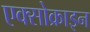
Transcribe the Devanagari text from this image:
एक्सोक्राइन